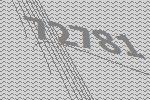
72781